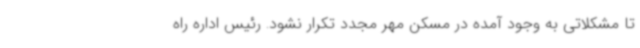
تا مشکلاتی به وجود آمده در مسکن مهر مجدد تکرار نشود. رئیس اداره راه